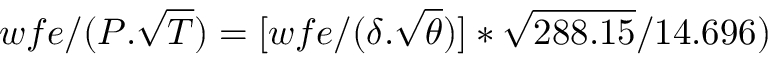
w f e / ( { P } . { \sqrt { T } } ) = [ w f e / ( { \delta } . { \sqrt { \theta } } ) ] * { \sqrt { 2 8 8 . 1 5 } } / { 1 4 . 6 9 6 } )